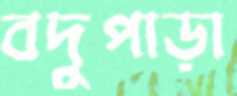
বদুপাড়া